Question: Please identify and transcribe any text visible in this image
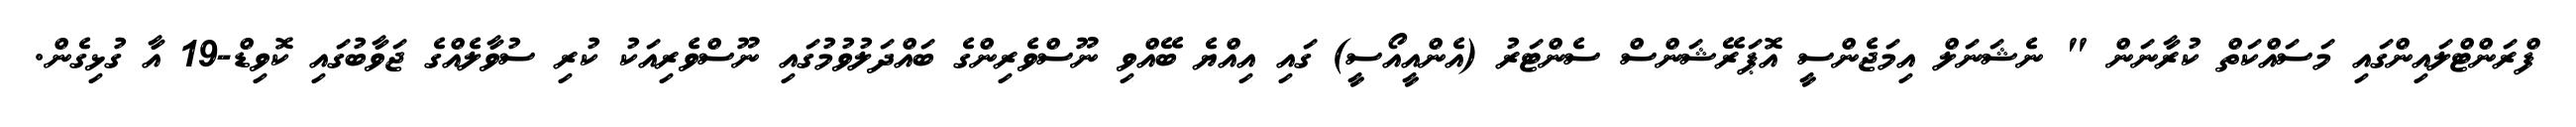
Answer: ފްރަންޓްލައިންގައި މަސައްކަތް ކުރާނަން " ނެޝަނަލް އިމަޖެންސީ އޮޕަރޭޝަންސް ސެންޓަރު (އެންއީއޯސީ) ގައި އިއްޔެ ބޭއްވި ނޫސްވެރިންގެ ބައްދަލުވުމުގައި ނޫސްވެރިއަކު ކުރި ސުވާލެއްގެ ޖަވާބުގައި ކޮވިޑް-19 އާ ގުޅިގެން.